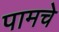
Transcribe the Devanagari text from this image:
पामचे